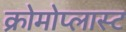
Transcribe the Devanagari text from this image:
क्रोमोप्लास्ट